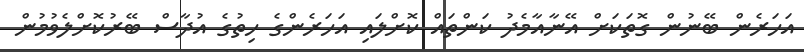
އަހަރެން ބޭނުން ގޮތަކަށް އޭނާއާމެދު ކަންތައް ކޮށްލައި އަހަރެންގެ ހިތުގެ އުދާސް ބޭރުކޮށްލެވުމުން